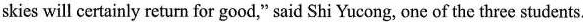
skies will certainly return for good," said Shi Yucong, one of the three students.